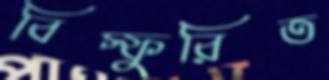
বিস্ফুরিত